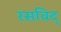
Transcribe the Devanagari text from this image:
रसविद्